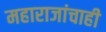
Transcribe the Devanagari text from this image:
महाराजांचाही